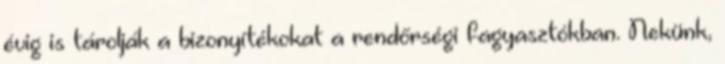
évig is tárolják a bizonyítékokat a rendőrségi fagyasztókban. Nekünk,